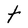
Character: t